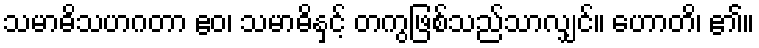
သမာဓိသဟဂတာ ဧဝ၊ သမာဓိနှင့် တကွဖြစ်သည်သာလျှင်။ ဟောတိ၊ ၏။